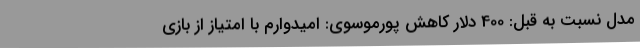
مدل نسبت به قبل: 400 دلار کاهش پورموسوی: امیدوارم با امتیاز از بازی